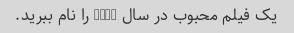
یک فیلم محبوب در سال 2019 را نام ببرید.